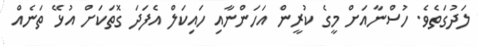
ލަދުގަތެވެ. ހުސްނާއަށް މީގެ ކުރީން އަހަންނާއި ހައިކަލް އެފަދަ ގޮތަކަށް އުޅޭ ތަނެއް